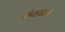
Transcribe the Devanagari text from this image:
पंचयत्न